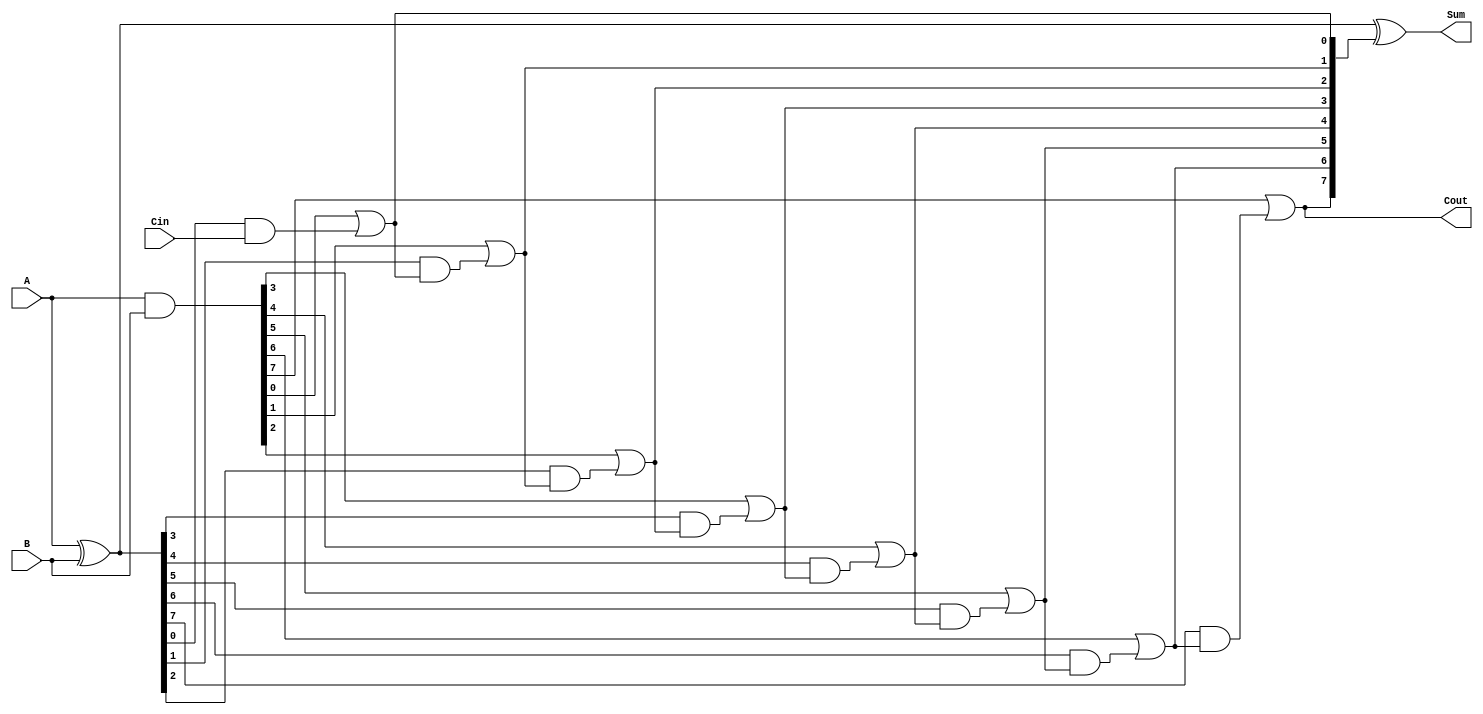
module ManchesterCarryChainAdder #(
    parameter N = 8 // Number of bits
) (
    input [N-1:0] A,          // First binary input
    input [N-1:0] B,          // Second binary input
    input Cin,                // Carry-in (optional)
    output [N-1:0] Sum,       // Sum output
    output Cout               // Carry-out
);

    wire [N-1:0] G;           // Generate signals
    wire [N-1:0] P;           // Propagate signals
    wire [N:0] C;             // Carry signals (C[0] is for Cin)

    // Generate and propagate signals
    assign G = A & B;                   // Generate (G[i] = A[i] & B[i])
    assign P = A ^ B;                   // Propagate (P[i] = A[i] ^ B[i])

    // Determine carries using Manchester Carry logic
    assign C[0] = Cin;                  // Initial carry (C[0] = Cin)
    
    // Compute carries
    genvar i;
    generate
        for (i = 0; i < N; i = i + 1) begin : carry_chain
            assign C[i+1] = G[i] | (P[i] & C[i]); // C[i+1] = G[i] | (P[i] & C[i])
        end
    endgenerate

    // Compute sum bits
    assign Sum = P ^ C[N:1];            // Sum[i] = P[i] ^ C[i]

    // Assign carry-out
    assign Cout = C[N];                 // Carry-out is C[n]

endmodule